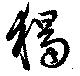
獨